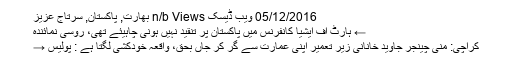
05/12/2016 ویب ڈیسک n/b Views بھارت, پاکستان, سرتاج عزیز
← ہارٹ آف ایشیا کانفرنس میں پاکستان پر تنقید نہیں ہونی چاہیئے تھی، روسی نمائندہ
کراچی: منی چینجر جاوید خانانی زیر تعمیر اپنی عمارت سے گر کر جاں بحق، واقعہ خودکشی لگتا ہے : پولیس →